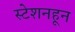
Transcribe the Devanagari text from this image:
स्टेशनहून